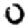
Digit: 0